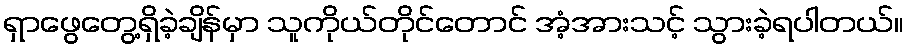
ရှာဖွေတွေ့ရှိခဲ့ချိန်မှာ သူကိုယ်တိုင်တောင် အံ့အားသင့် သွားခဲ့ရပါတယ်။